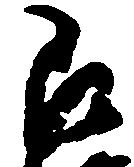
即